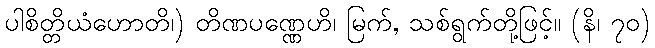
ပါစိတ္တိယံဟောတိ၊) တိဏပဏ္ဏေဟိ၊ မြက်, သစ်ရွက်တို့ဖြင့်။ (နိ၊ ၇၀)